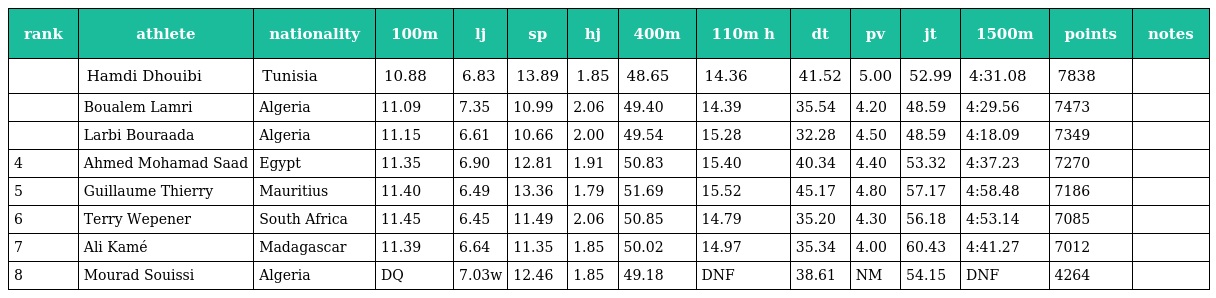
| rank | athlete | nationality | 100m | lj | sp | hj | 400m | 110m h | dt | pv | jt | 1500m | points | notes |
 | --- | --- | --- | --- | --- | --- | --- | --- | --- | --- | --- | --- | --- | --- | --- |
 |  | Hamdi Dhouibi | Tunisia | 10.88 | 6.83 | 13.89 | 1.85 | 48.65 | 14.36 | 41.52 | 5.00 | 52.99 | 4:31.08 | 7838 |  |
 |  | Boualem Lamri | Algeria | 11.09 | 7.35 | 10.99 | 2.06 | 49.40 | 14.39 | 35.54 | 4.20 | 48.59 | 4:29.56 | 7473 |  |
 |  | Larbi Bouraada | Algeria | 11.15 | 6.61 | 10.66 | 2.00 | 49.54 | 15.28 | 32.28 | 4.50 | 48.59 | 4:18.09 | 7349 |  |
 | 4 | Ahmed Mohamad Saad | Egypt | 11.35 | 6.90 | 12.81 | 1.91 | 50.83 | 15.40 | 40.34 | 4.40 | 53.32 | 4:37.23 | 7270 |  |
 | 5 | Guillaume Thierry | Mauritius | 11.40 | 6.49 | 13.36 | 1.79 | 51.69 | 15.52 | 45.17 | 4.80 | 57.17 | 4:58.48 | 7186 |  |
 | 6 | Terry Wepener | South Africa | 11.45 | 6.45 | 11.49 | 2.06 | 50.85 | 14.79 | 35.20 | 4.30 | 56.18 | 4:53.14 | 7085 |  |
 | 7 | Ali Kamé | Madagascar | 11.39 | 6.64 | 11.35 | 1.85 | 50.02 | 14.97 | 35.34 | 4.00 | 60.43 | 4:41.27 | 7012 |  |
 | 8 | Mourad Souissi | Algeria | DQ | 7.03w | 12.46 | 1.85 | 49.18 | DNF | 38.61 | NM | 54.15 | DNF | 4264 |  |